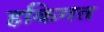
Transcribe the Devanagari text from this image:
हकिगत